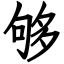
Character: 够